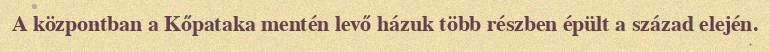
A központban a Kőpataka mentén levő házuk több részben épült a század elején.